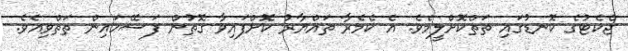
ޖެކެޓުގެ ކޮނޑުގައި ތަތްކޮށްލީމެވެ. އެ ކެމެރާ ތައްޔާރު ކޮށްފައިވާ ގޮތުން ފަސޭހައިން ތަތްވިއެވެ.